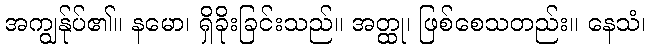
အကျွန်ုပ်၏။ နမော၊ ရှိခိုးခြင်းသည်။ အတ္ထု၊ ဖြစ်စေသတည်း။ နေသံ၊